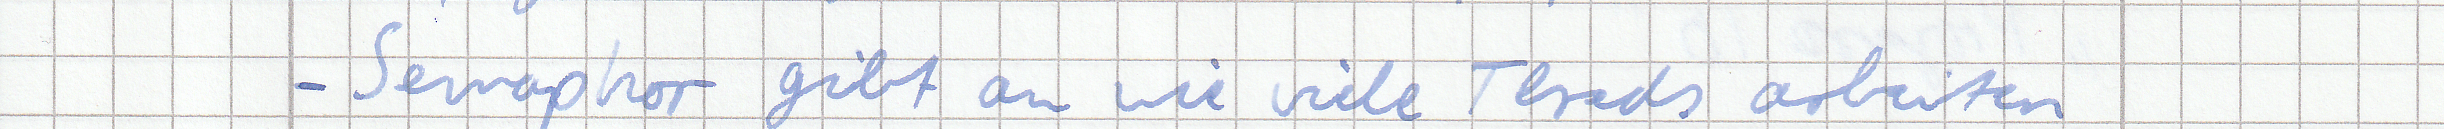
- Semaphor gibt an wie viele Threds arbeiten